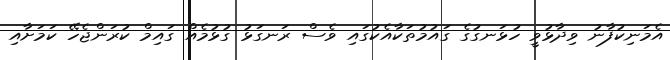
އެމަނިކުފާނު ވިދާޅުވީ ހުޅަނގުގެ ގައުމުތަކާއެކުގައި ވެސް ރަނގަޅު ގުޅުމެއް ގައިމް ކުރަންޖެހޭ ކަމަށާއި